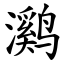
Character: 㶉